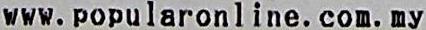
WWW.POPULARONLINE.COM.MY